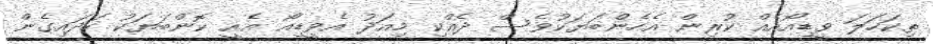
ތިކަހަލަ ވީޑިއޯއެއް ކުރިން އެހެންބަޔަކުވެސް ދެއްކި މިއަދު އެވީޑިއޯ އެއީ ކޮންބަޔަކު ހަދައިގެން